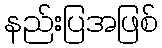
နည်းပြအဖြစ်